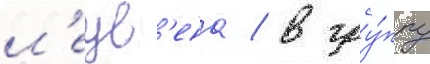
л'еув'ена / в гру́ппу